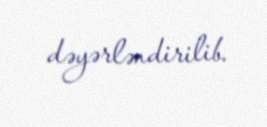
dəyərləndirilib.